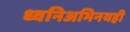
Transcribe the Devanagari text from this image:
ध्वनिअभिनयही